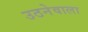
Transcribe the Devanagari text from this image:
उठनेवाला